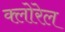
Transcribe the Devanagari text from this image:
क्लोरेल